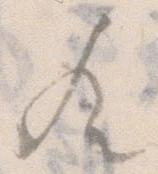
歟